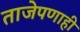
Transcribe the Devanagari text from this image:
ताजेपणाही